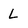
Character: L